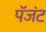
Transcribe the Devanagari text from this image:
पॅजंट